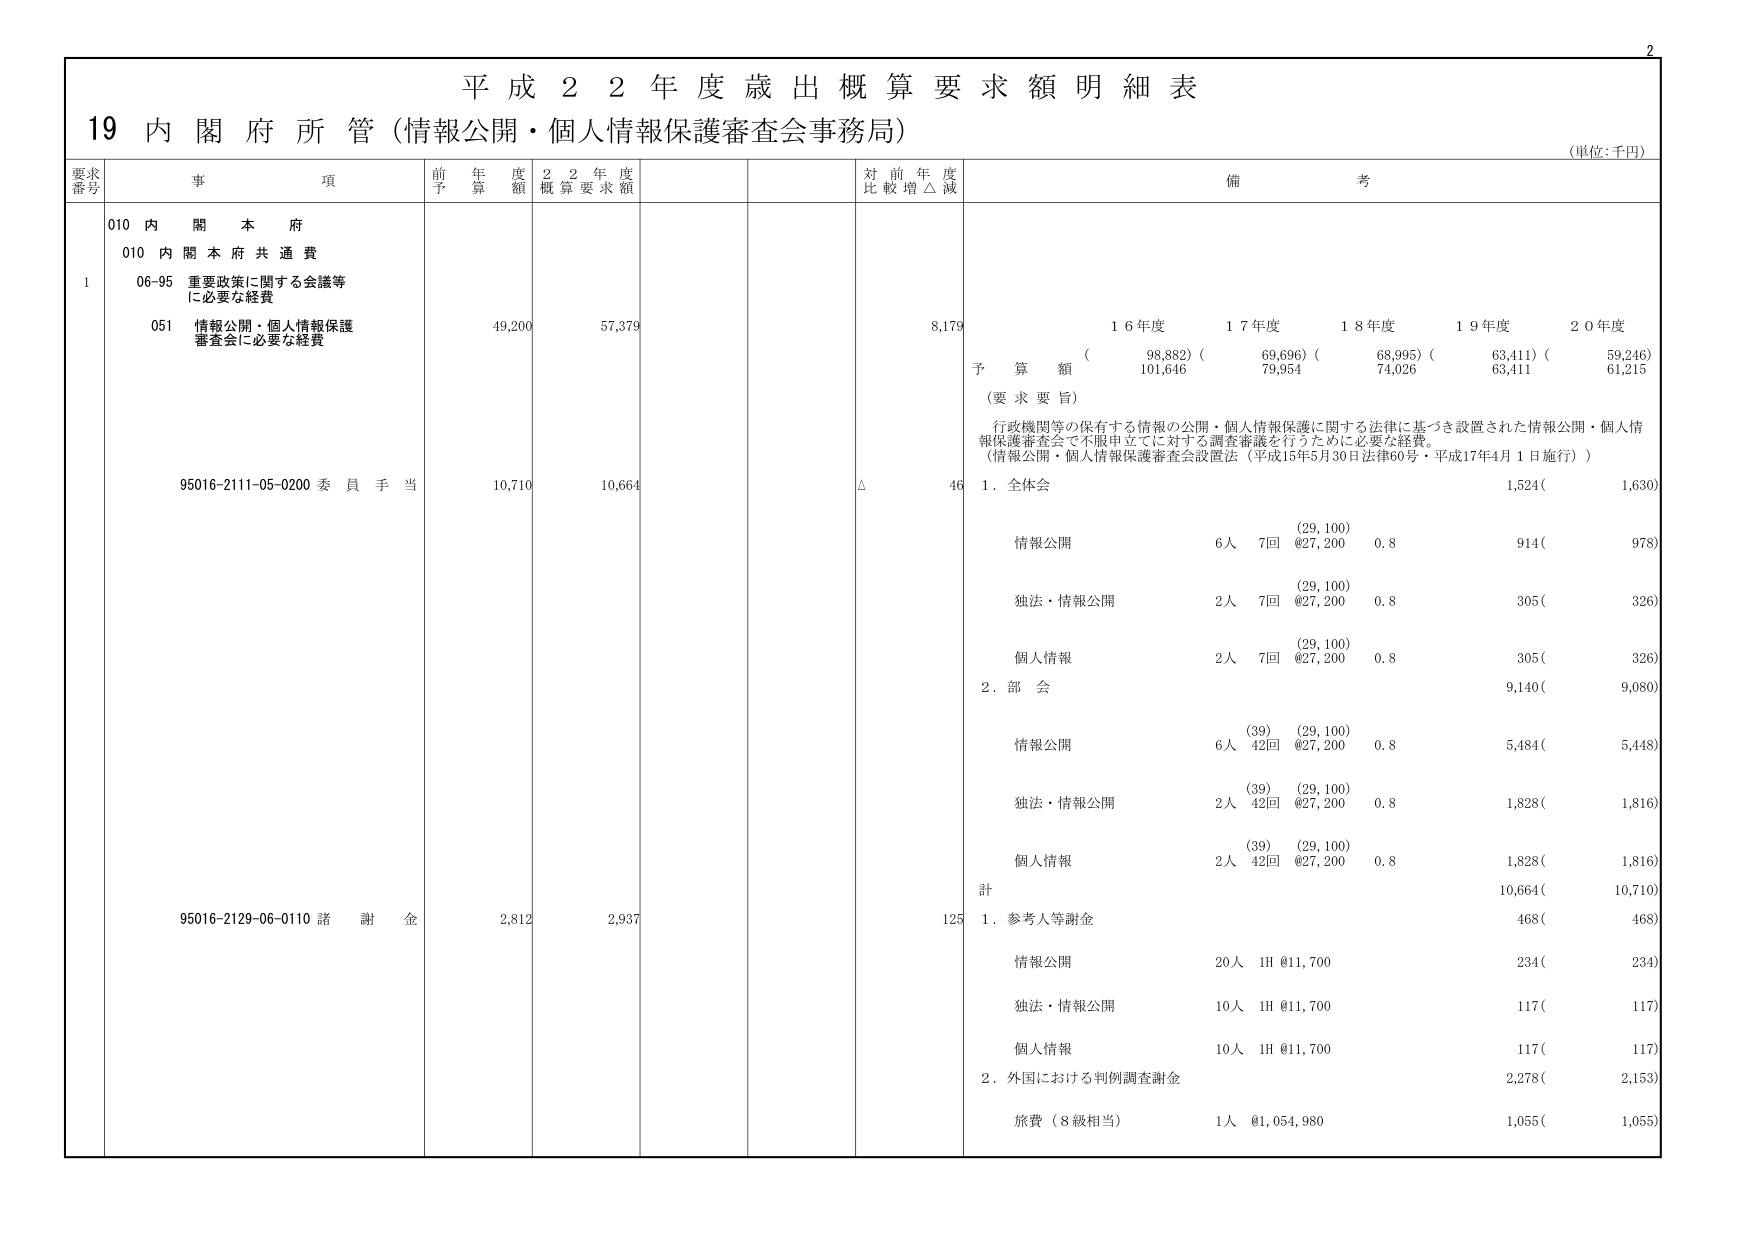
平成２２年度歳出概算要求額明細表
19 内閣府所管（情報公開・個人情報保護審査会事務局）
（単位：千円）

要求番号 事項 前年度予算額 ２２年度概算要求額 対前年度比較増△減 備考

010 内閣本府
010 内閣本府共通費
1 06-95 重要政策に関する会議等に必要な経費
051 情報公開・個人情報保護審査会に必要な経費 49,200 57,379 8,179
予算額（
16年度 98,882）（101,646
17年度 69,696）（79,954
18年度 68,995）（74,026
19年度 63,411）（63,411
20年度 59,246）（61,215
（要求要旨）
行政機関等の保有する情報の公開・個人情報保護に関する法律に基づき設置された情報公開・個人情報保護審査会で不服申立てに対する調査審議を行うために必要な経費。
（情報公開・個人情報保護審査会設置法（平成15年5月30日法律60号・平成17年4月1日施行））

95016-2111-05-0200 委員手当 10,710 10,664 △ 46
1．全体会 1,524（ 1,630）
情報公開 6人 7回 @27,200 0.8 914（ 978）
独法・情報公開 2人 7回 @27,200 0.8 305（ 326）
個人情報 2人 7回 @27,200 0.8 305（ 326）
2．部会 9,140（ 9,080）
情報公開 6人 42回 @27,200 0.8 5,484（ 5,448）
独法・情報公開 2人 42回 @27,200 0.8 1,828（ 1,816）
個人情報 2人 42回 @27,200 0.8 1,828（ 1,816）
計 10,664（ 10,710）

95016-2129-06-0110 諸謝金 2,812 2,937 125
1．参考人等謝金 468（ 468）
情報公開 20人 1H @11,700 234（ 234）
独法・情報公開 10人 1H @11,700 117（ 117）
個人情報 10人 1H @11,700 117（ 117）
2．外国における判例調査謝金 2,278（ 2,153）
旅費（8級相当） 1人 @1,054,980 1,055（ 1,055）